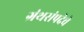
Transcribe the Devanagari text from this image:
ग्रंथसंपदेचे